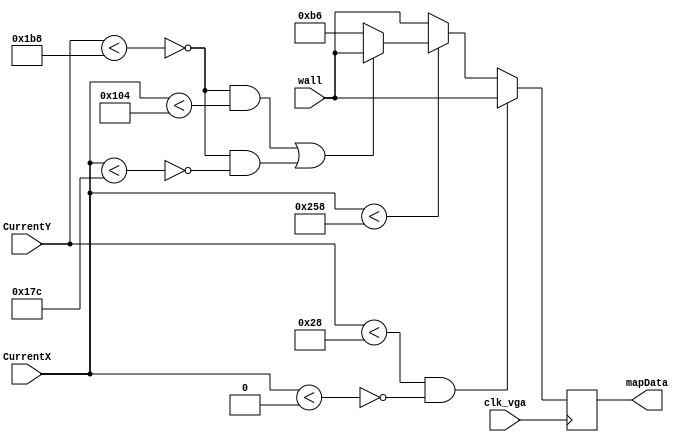
module HallwayRight(clk_vga, CurrentX, CurrentY, mapData, wall);

	input clk_vga;
	input [9:0]CurrentX;
	input [8:0]CurrentY;
	input [7:0]wall;
	
	output [7:0]mapData;
	
	reg [7:0]mColor;
	
	always @(posedge clk_vga) begin
		//Top walls
		if((CurrentY < 40) && ~(CurrentX < 0)) begin
			mColor[7:0] <= wall;
		end 
		//Right side wall
		else if(~(CurrentX < 600)) begin
			mColor[7:0] <= wall;
		end
		//Bottom wall
		else if((~(CurrentY < 440) && (CurrentX < 260)) || (~(CurrentY < 440) && ~(CurrentX < 380))) begin
			mColor[7:0] <= wall;
		//floor area - grey
		end else
			mColor[7:0] <= 8'b10110110;
			
	end
	
	
	assign mapData = mColor;


endmodule